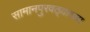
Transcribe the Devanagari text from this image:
सामानपुरवठ्याच्या